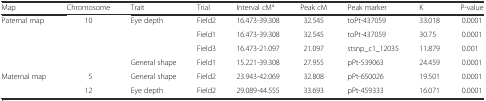
<table><thead><tr><td><b>Map</b></td><td><b>Chromosome</b></td><td><b>Trait</b></td><td><b>Trial</b></td><td><b>Interval cM<sup>a</sup></b></td><td><b>Peak cM</b></td><td><b>Peak marker</b></td><td><b>K</b></td><td><b>P-value</b></td></tr></thead><tbody><tr><td rowspan="4">Paternal map</td><td rowspan="4">10</td><td rowspan="3">Eye depth</td><td>Field2</td><td>16.473-39.308</td><td>32.545</td><td>toPt-437059</td><td>33.018</td><td>0.0001</td></tr><tr><td>Field1</td><td>16.473-39.308</td><td>32.545</td><td>toPt-437059</td><td>30.75</td><td>0.0001</td></tr><tr><td>Field3</td><td>16.473-21.097</td><td>21.097</td><td>stsnp_c1_12035</td><td>11.879</td><td>0.001</td></tr><tr><td>General shape</td><td>Field1</td><td>15.221-39.308</td><td>27.955</td><td>pPt-539063</td><td>24.459</td><td>0.0001</td></tr><tr><td rowspan="2">Maternal map</td><td>5</td><td>General shape</td><td>Field2</td><td>23.943-42.069</td><td>32.808</td><td>pPt-650026</td><td>19.501</td><td>0.0001</td></tr><tr><td>12</td><td>Eye depth</td><td>Field2</td><td>29.089-44.555</td><td>33.693</td><td>pPt-459333</td><td>16.071</td><td>0.0001</td></tr></tbody></table>